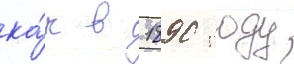
ка́к в 1890 году